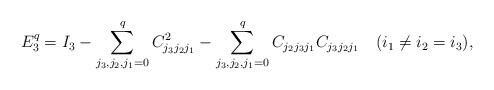
LaTeX: \begin{align*}E_3^q=I_3-\sum_{j_3,j_2,j_1=0}^q C_{j_3j_2j_1}^2-\sum_{j_3,j_2,j_1=0}^q C_{j_2j_3j_1}C_{j_3j_2j_1}\ \ \ (i_1\ne i_2=i_3),\end{align*}